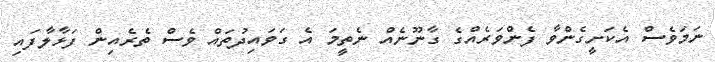
ނަމަވެސް އެކަށީގެންވާ ފެންވަރެއްގެ ގާނޫނެއް ނެތީމަ އެ ގަވައިދުތައް ވެސް ތެރެއިން ފަޅާލާފައި